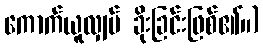
ကောက်ယူလျှပ် ခိုးခြင်းဖြစ်၏။)